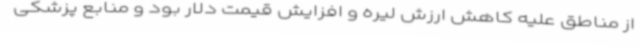
از مناطق علیه کاهش ارزش لیره و افزایش قیمت دلار بود و منابع پزشکی